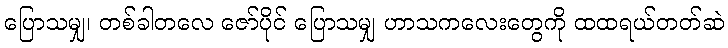
ပြောသမျှ၊ တစ်ခါတလေ ဇော်ပိုင် ပြောသမျှ ဟာသကလေးတွေကို ထထရယ်တတ်ဆဲ